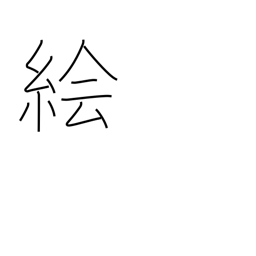
Meaning: sketch